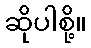
ဆိုပါစို့။